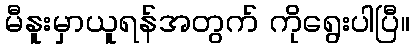
မီနူးမှာယူရန်အတွက် ကိုရွေးပါပြီ။